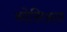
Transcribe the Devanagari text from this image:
सोसिअल